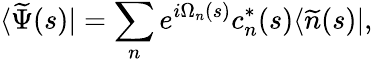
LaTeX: \langle\widetilde{\Psi}(s)|=\sum_{n}e^{i\Omega_{n}(s)}c_{n}^{*}(s)\langle\widetilde{n}(s)|,